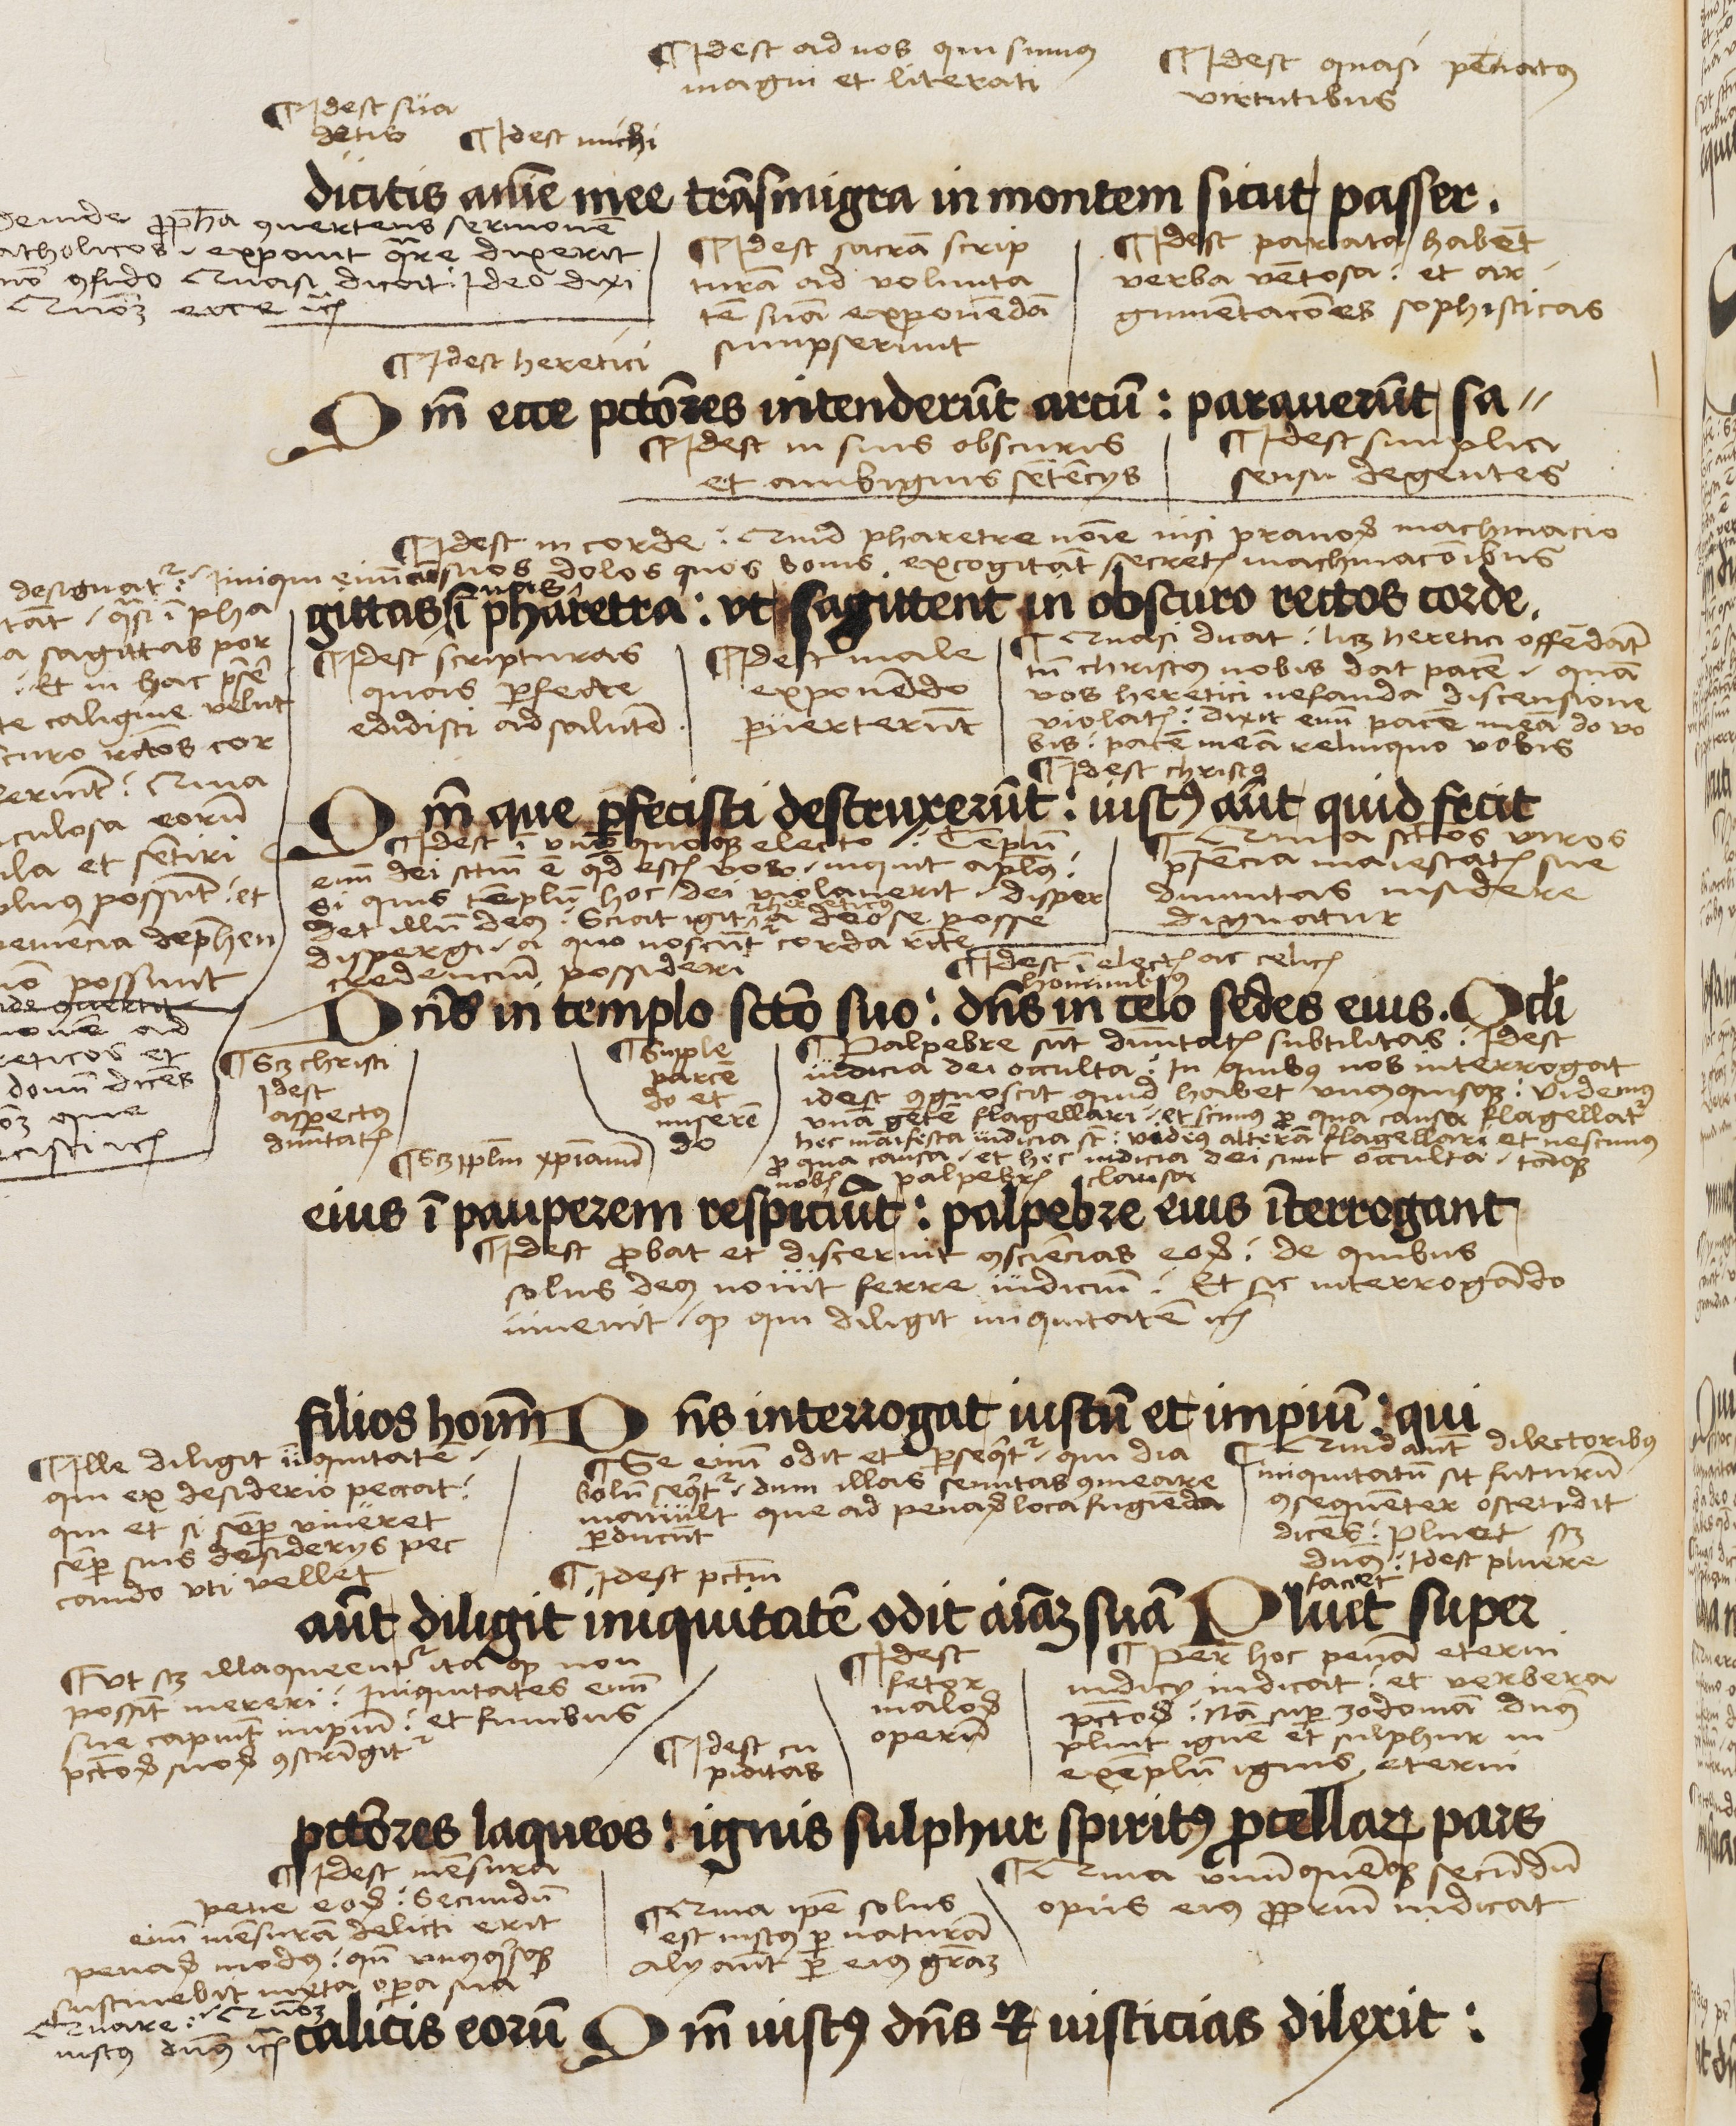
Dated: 1503–1503